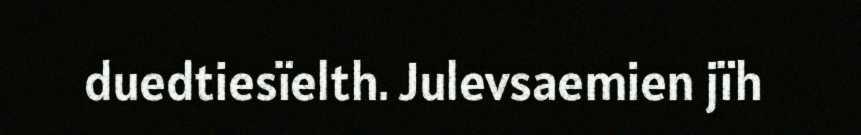
duedtiesïelth. Julevsaemien jïh